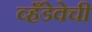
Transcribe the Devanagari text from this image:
व्हँडेवेची